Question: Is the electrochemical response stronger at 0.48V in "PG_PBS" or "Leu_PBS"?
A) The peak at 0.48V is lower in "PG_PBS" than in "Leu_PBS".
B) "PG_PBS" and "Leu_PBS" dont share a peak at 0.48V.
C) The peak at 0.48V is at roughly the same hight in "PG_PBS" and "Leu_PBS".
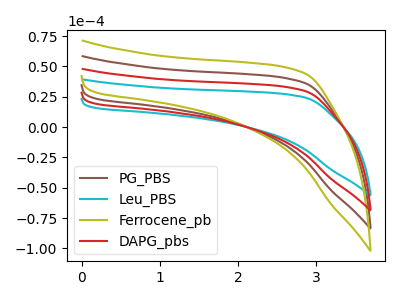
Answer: <think>The brown curve "PG_PBS" has no peaks. The cyan curve "Leu_PBS" has no peaks. The olive curve "Ferrocene_pb" has no peaks. The red curve "DAPG_pbs" has no peaks.</think>
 <answer>B) "PG_PBS" and "Leu_PBS" dont share a peak at 0.48V.</answer>
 <eval>B</eval>